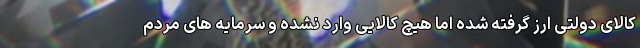
کالای دولتی ارز گرفته شده اما هیچ کالایی وارد نشده و سرمایه های مردم